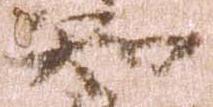
知